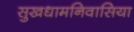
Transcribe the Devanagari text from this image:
सुखधामनिवासिया